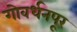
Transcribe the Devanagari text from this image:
गोवर्धनपूर